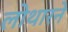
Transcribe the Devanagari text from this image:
लोथारने